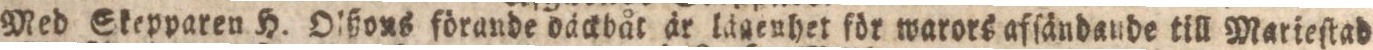
Med Skepparen H. Olßous förande däckbåt är lägenhet för warors afſändande till Marieſtad